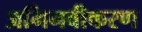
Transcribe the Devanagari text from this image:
अभिनवीकरण